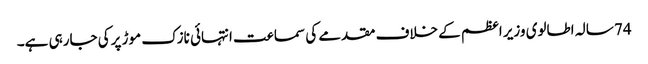
74 سالہ اطالوی وزیر اعظم کے خلاف مقدمے کی سماعت انتہائی نازک موڑ پرکی جارہی ہے۔